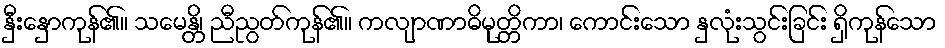
နှီးနှောကုန်၏။ သမေန္တိ၊ ညီညွတ်ကုန်၏။ ကလျာဏာဓိမုတ္တိကာ၊ ကောင်းသော နှလုံးသွင်းခြင်း ရှိကုန်သော